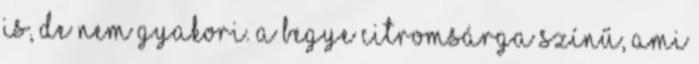
is, de nem gyakori. A begye citromsárga színű, ami